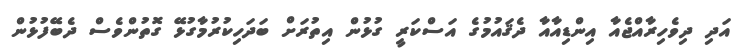
އަދި ދިވެހިރާއްޖެއާ އިންޑިއާއާ ދެޤައުމުގެ އަސްކަރީ ގުޅުން އިތުރަށް ބަދަހިކުރުމާގުޅޭ ގޮތުންވެސް ދެބޭފުޅުން